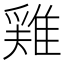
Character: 𨿸